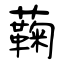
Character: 蘜